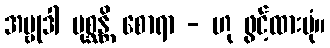
အဗ္ဗုဒါ ပုစ္ဆန္တိ စောရာ - ဟု ဖွင့်ထားပုံ။